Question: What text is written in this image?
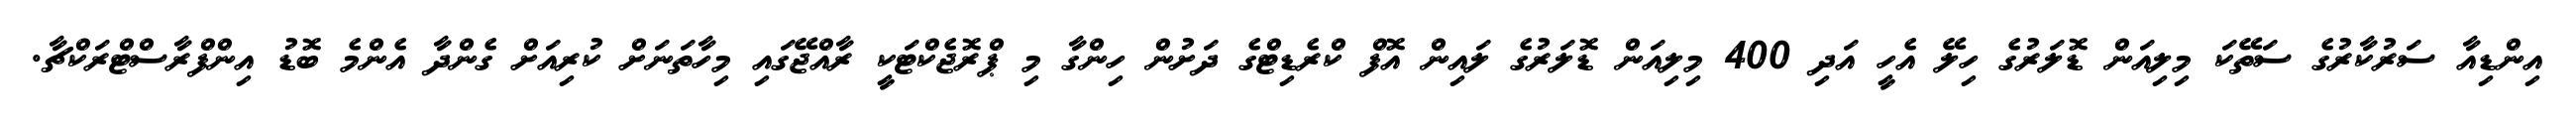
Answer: އިންޑިއާ ސަރުކާރުގެ ސަތޭކަ މިލިއަން ޑޮލަރުގެ ހިލޭ އެހީ އަދި 400 މިލިއަން ޑޮލަރުގެ ލައިން އޮފް ކްރެޑިޓްގެ ދަށުން ހިންގާ މި ޕްރޮޖެކްޓަކީ ރާއްޖޭގައި މިހާތަނަށް ކުރިއަށް ގެންދާ އެންމެ ބޮޑު އިންފްރާސްޓްރަކްޗާ.